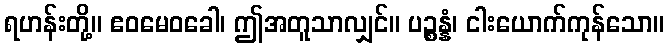
ရဟန်းတို့။ ဧဝမေဝခေါ၊ ဤအတူသာလျှင်။ ပဉ္စန္နံ၊ ငါးယောက်ကုန်သော။